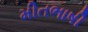
મીતભાષી